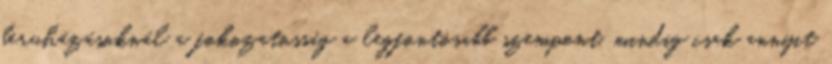
beruházásoknál a fokozatosság a legfontosabb szempont, mindig csak annyit